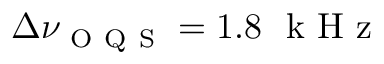
\Delta \nu _ { \mathrm { ~ O ~ Q ~ S ~ } } = 1 . 8 ~ \mathrm { ~ k ~ H ~ z ~ }